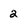
Character: 2